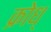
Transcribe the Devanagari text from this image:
क्रोध्